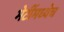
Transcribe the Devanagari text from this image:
भेटींमध्येच